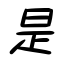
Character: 是